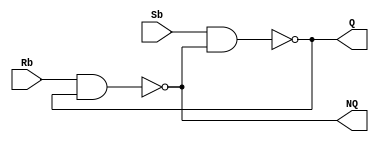
module Lab3_SbRb_Latch_gatelevel(output Q, NQ, input Sb, Rb);
	nand #(2) M1(Q,Sb,NQ);
	nand #(2) M2(NQ,Rb,Q);
endmodule